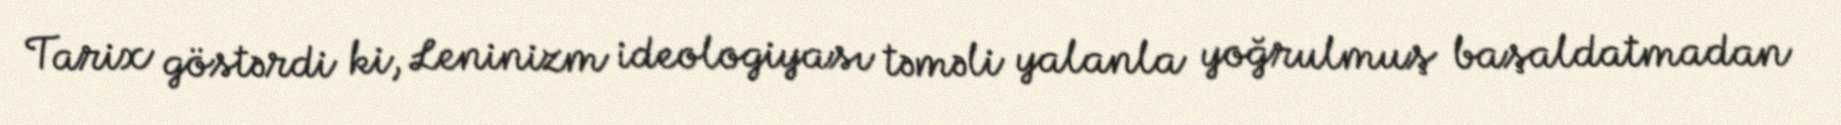
Tarix göstərdi ki, Leninizm ideologiyası təməli yalanla yoğrulmuş başaldatmadan